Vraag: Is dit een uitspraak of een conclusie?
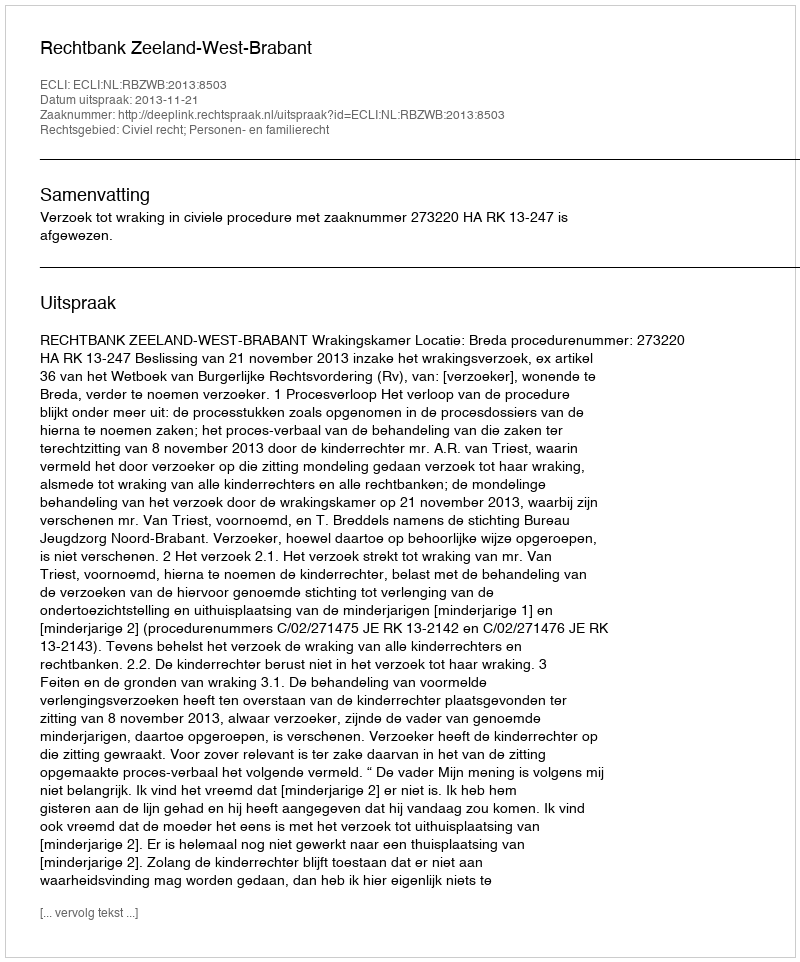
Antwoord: Uitspraak